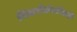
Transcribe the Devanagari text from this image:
निसर्गसंवर्धनाचे